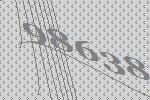
98638